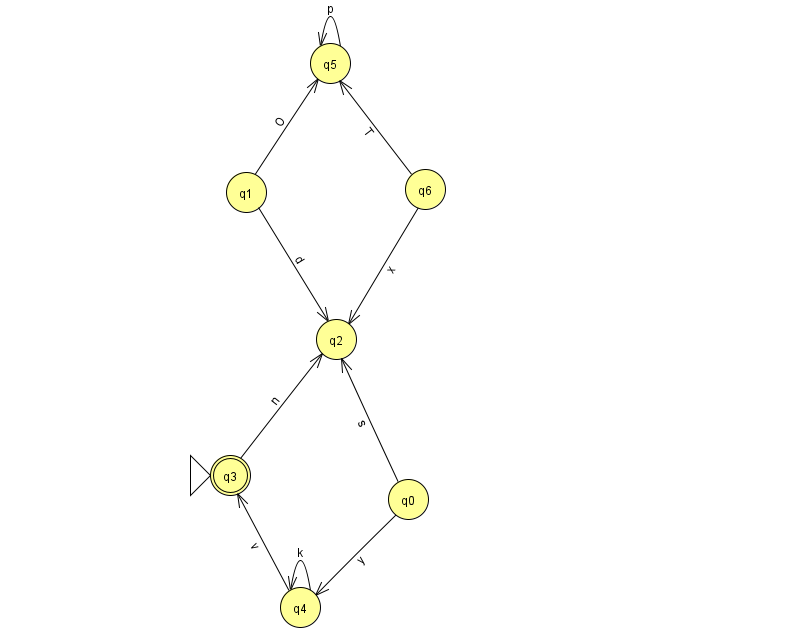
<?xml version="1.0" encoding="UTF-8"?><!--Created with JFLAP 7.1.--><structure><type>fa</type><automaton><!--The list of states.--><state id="0" name="q0"><x>408.0</x><y>486.0</y></state><state id="1" name="q1"><x>246.0</x><y>179.0</y></state><state id="2" name="q2"><x>336.0</x><y>326.0</y></state><state id="3" name="q3"><x>230.0</x><y>462.0</y><initial/><final/></state><state id="4" name="q4"><x>300.0</x><y>594.0</y></state><state id="5" name="q5"><x>330.0</x><y>50.0</y></state><state id="6" name="q6"><x>425.0</x><y>176.0</y></state><!--The list of transitions.--><transition><from>5</from><to>5</to><read>p</read></transition><transition><from>0</from><to>2</to><read>s</read></transition><transition><from>1</from><to>2</to><read>d</read></transition><transition><from>1</from><to>5</to><read>O</read></transition><transition><from>4</from><to>3</to><read>v</read></transition><transition><from>6</from><to>2</to><read>x</read></transition><transition><from>4</from><to>4</to><read>k</read></transition><transition><from>0</from><to>4</to><read>y</read></transition><transition><from>6</from><to>5</to><read>T</read></transition><transition><from>3</from><to>2</to><read>n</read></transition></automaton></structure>